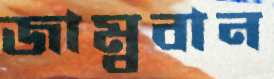
জাম্ববান